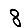
Digit: 8